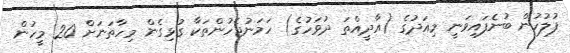
ފުލުހުން ބުނެފައިވަނީ މިއަދުގެ (އާދީއްތަ ދުވަހުގެ) ހަމަނުޖެހުންތަކާ ގުޅިގެން މިހާތަނަށް 20 މީހުން